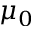
\mu _ { 0 }